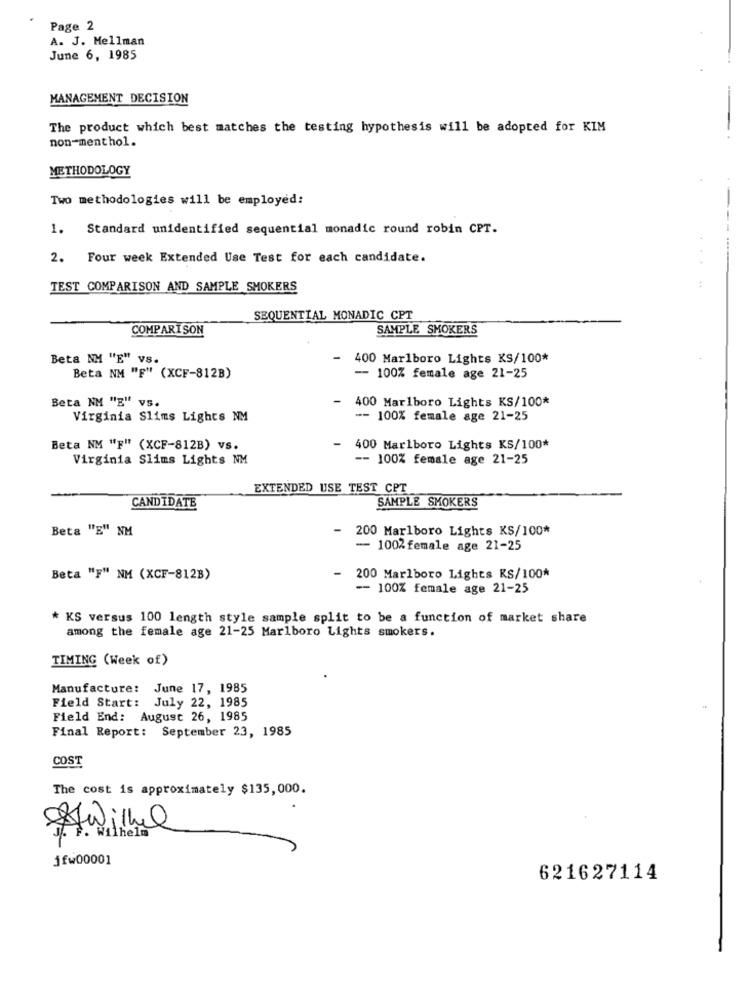
Page 2
A. J. Mellman
June 6, 1985
MANAGEMENT DECISION
-
The product which best matches the testing hypothesis will be adopted for KIM
non-menthol.
METHODOLOGY
Two methodologies will be employed:
1. Standard unidentified sequential monadic round robin CPT.
2. Four week Extended Use Test for each candidate.
TEST COMPARISON AND SAMPLE SMOKERS
:
SEQUENTIAL MONADIC CPT
COMPARISON
SAMPLE SMOKERS
Beta NM "E" VS.
- 400 Marlboro Lights KS/100*
Beta NM "F" (XCF-812B)
-- 100% female age 21-25
Beta NM "E" vs.
- 400 Marlboro Lights KS/100*
Virginia Slims Lights NM
-- 100% female age 21-25
Beta NM "F" (XCF-812B) vs.
- 400 Marlboro Lights KS/100*
Virginia Slims Lights NM
-- 100% female age 21-25
EXTENDED USE TEST CPT
CANDIDATE
SAMPLE SMOKERS
Beta "E" NM
- 200 Marlboro Lights KS/100*
- 100% female age 21-25
Beta "F" NM (XCF-812B)
- 200 Marlboro Lights RS/100*
-- 100% female age 21-25
KS versus 100 length style sample split to be a function of market share
among the female age 21-25 Marlboro Lights smokers.
TIMING (Week of)
Manufacture: June 17, 1985
Field Start: July 22, 1985
Field End: August 26, 1985
Final Report: September 23, 1985
COST
The cost is approximately $135,000.
u. F. wilhelm
jfw00001
621627114